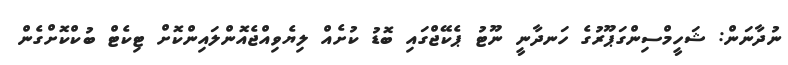
ނުދާނަން: ޝަހީމްސިންގަޕޫރުގެ ހަނދާނީ ނޫޓު ޕެކޭޖްގައި ބޮޑު ކުށެއް ލިޔެވިއްޖެއޮންލައިންކޮށް ޓިކެޓް ބުކްކޮށްގެން